Annual report of the Punjab Veterinary College and of the Civil Veterinary Department, Punjab - 1909-1919
Year: 1909
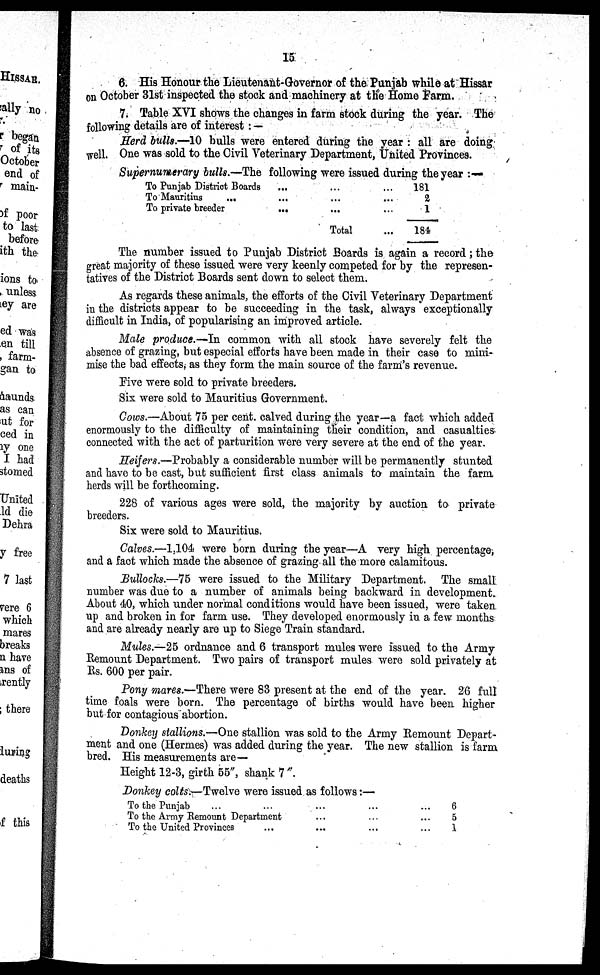
15
6. His Honour the Lieutenant-Governor of the Punjab while at Hissar
on October 31st inspected the stock and machinery at the Home Farm.
7. Table XVI shows the changes in farm stock during the year. The
following details are of interest : —
Herd bulls.—10 bulls were entered during the year: all are doing
well. One was sold to the Civil Veterinary Department, United Provinces.
Supernumerary bulls.—The following were issued during the year :—
To Punjab District Boards...
...
...
To Mauritius...
...
...
To private
breeder...
...
...
Total
181
2
1
184
The number issued to Punjab District Boards is again a record; the
great majority of these issued were very keenly competed for by the represen-
tatives of the District Boards sent down to select them.
As regards these animals, the efforts of the Civil Veterinary Department
in the districts appear to be succeeding in the task, always exceptionally
difficult in India, of popularising an improved article.
Male produce.—In common with all stock have severely felt the
absence of grazing, but especial efforts have been made in their case to mini-
mise the bad effects, as they form the main source of the farm's revenue.
Five were sold to private breeders.
Six were sold to Mauritius Government.
Cows.—About 75 per cent. calved during the year—a fact which added
enormously to the difficulty of maintaining their condition, and casualties
connected with the act of parturition were very severe at the end of the year.
Heifers.—Probably a considerable number will be permanently stunted
and have to be cast, but sufficient first class animals to maintain the farm
herds will be forthcoming.
228 of various ages were sold, the majority by auction to private
breeders.
Six were sold to Mauritius.
Calves.—1,104 were born during the year—A very high percentage,
and a fact which made the absence of grazing all the more calamitous.
Bullocks.—75 were issued to the Military Department. The small
number was due to a number of animals being backward in development.
About 40, which under normal conditions would have been issued, were taken
up and broken in for farm use. They developed enormously in a few months
and are already nearly are up to Siege Train standard.
Mules.—25 ordnance and 6 transport mules were issued to the Army
Remount Department. Two pairs of transport mules were sold privately at
Rs. 600 per pair.
Pony mares.—There were 83 present at the end of the year. 26 full
time foals were born. The percentage of births would have been higher
but for contagious abortion.
Donkey stallions.—One stallion was sold to the Army Remount Depart-
ment and one (Hermes) was added during the year. The new stallion is farm
bred. His measurements are—
Height 12-3, girth 55", shank 7"
Donkey colts.—Twelve were issued as follows:—
To the Punjab ... ... ... ... ...
To the Army Remount Department ... ... ... ... ...
To the United Provinces ... ... ... ... ...
6
5
1